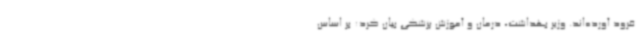
فرود آورده‌اند. وزیر بهداشت، درمان و آموزش پزشکی بیان کرد: بر اساس